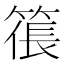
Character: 𥱭